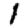
Digit: 1